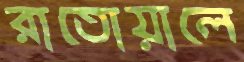
রাতোয়ালে